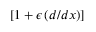
[ 1 + \epsilon \, ( d / d x ) ]